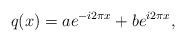
LaTeX: \begin{align*}q(x)=ae^{-i2\pi x}+be^{i2\pi x},\end{align*}